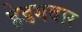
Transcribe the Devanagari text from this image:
हेडगवार